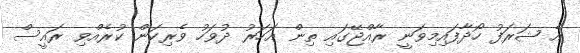
އެ ޝަރަފު ހޯދާފައިމިވަނީ ރާއްޖޭގައި ތިން އަހަރު ދުވަހު ވެރިކަން ކުރެއްވި ރައީސް